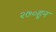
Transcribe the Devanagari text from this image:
२७०हून